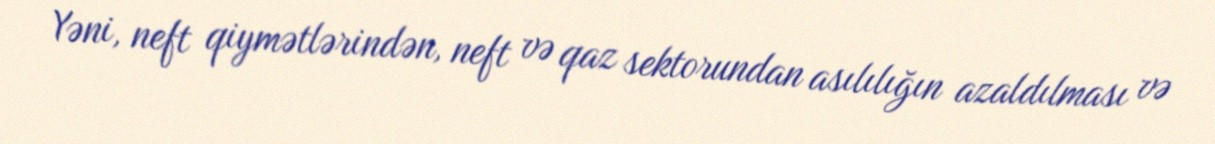
Yəni, neft qiymətlərindən, neft və qaz sektorundan asılılığın azaldılması və